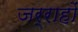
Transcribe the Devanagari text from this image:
जर्राहों